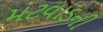
મટવાડની